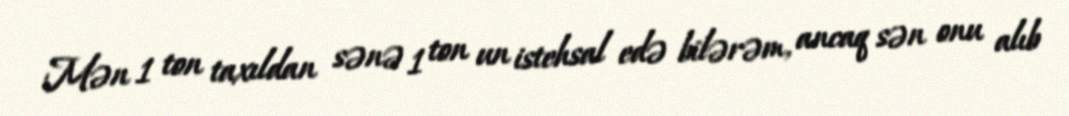
Mən 1 ton taxıldan sənə 1 ton un istehsal edə bilərəm, ancaq sən onu alıb